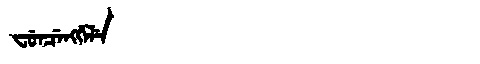
Manchu: ᠸᡠᠨᠴᡝᠩᡤᡝᠯᡝ
Romanization: FUNCENGGELE